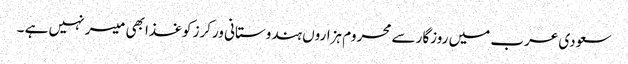
سعودی عرب میں روزگار سے محروم ہزاروں ہندوستانی ورکرز کوغذا بھی میسر نہیں ہے ۔